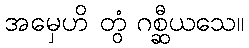
အမှေဟိ တွံ ဂစ္ဆီယသေ။